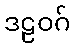
ဒဠဝဂ်